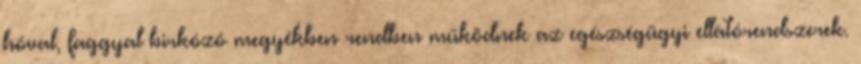
hóval, faggyal birkózó megyékben rendben működnek az egészségügyi ellátórendszerek.